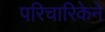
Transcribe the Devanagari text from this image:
परिचारिकेने